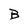
Character: B